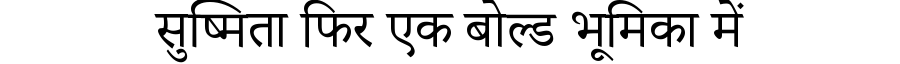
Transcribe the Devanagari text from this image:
सुष्मिता फिर एक बोल्ड भूमिका में